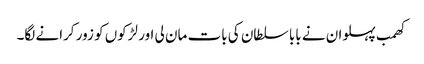
کھمب پہلوان نے بابا سلطان کی بات مان لی اور لڑکوں کو زور کرانے لگا۔